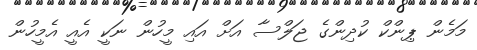
މަމެން ޕިންކް ކުދިންގެ ޖަލްސާ އަށް އައި މީހުން ނަކީ އެެއީ އެމީހުން